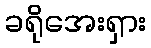
ခရိုအေးရှား